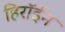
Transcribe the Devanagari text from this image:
हिरॉईन